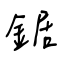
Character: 鋸